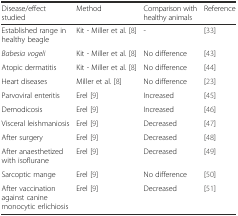
| Disease/effect studied | Method | Comparison with healthy animals | Reference |
 | --- | --- | --- | --- |
 | Established range in healthy beagle | Kit - Miller et al. [8] | - | [33] |
 | Babesia vogeli | Kit - Miller et al. [8] | No difference | [43] |
 | Atopic dermatitis | Kit - Miller et al. [8] | No difference | [44] |
 | Heart diseases | Miller et al. [8] | No difference | [23] |
 | Parvoviral enteritis | Erel [9] | Increased | [45] |
 | Demodicosis | Erel [9] | Increased | [46] |
 | Visceral leishmaniosis | Erel [9] | Decreased | [47] |
 | After surgery | Erel [9] | Decreased | [48] |
 | After anaesthetized with isoflurane | Erel [9] | Decreased | [49] |
 | Sarcoptic mange | Erel [9] | No difference | [50] |
 | After vaccination against canine monocytic erlichiosis | Erel [9] | Decreased | [51] |